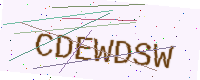
Text: CDEWDSW